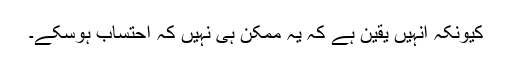
کیونکہ انہیں یقین ہے کہ یہ ممکن ہی نہیں کہ احتساب ہوسکے۔